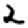
Digit: 2